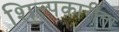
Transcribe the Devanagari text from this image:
शिल्पकारीता